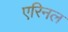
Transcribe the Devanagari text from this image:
एरिनल